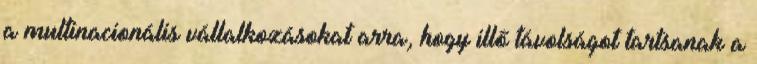
a multinacionális vállalkozásokat arra, hogy illő távolságot tartsanak a